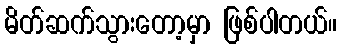
မိတ်ဆက်သွားတော့မှာ ဖြစ်ပါတယ်။